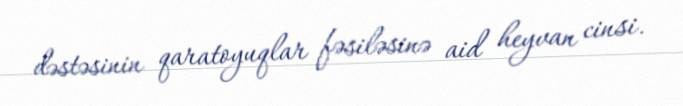
dəstəsinin qaratoyuqlar fəsiləsinə aid heyvan cinsi.